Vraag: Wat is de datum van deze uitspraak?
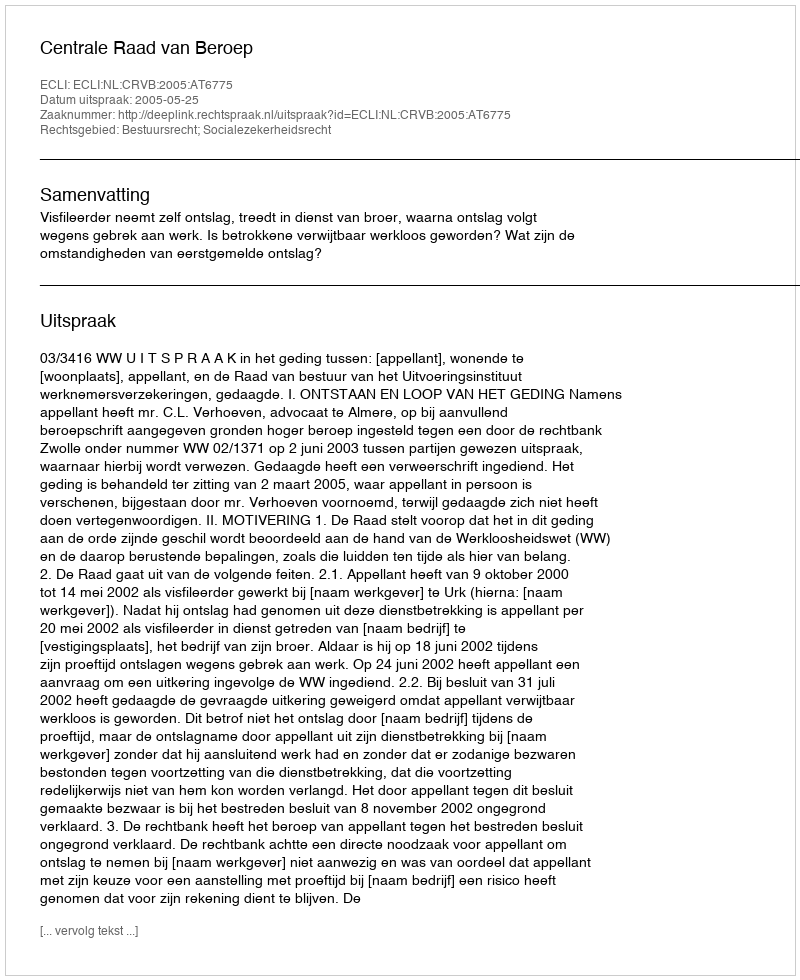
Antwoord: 2005-05-25